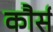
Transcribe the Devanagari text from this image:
कौर्स